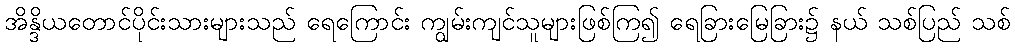
အိန္ဒိယတောင်ပိုင်းသားများသည် ရေကြောင်း ကျွမ်းကျင်သူများဖြစ်ကြ၍ ရေခြားမြေခြား၌ နယ် သစ်ပြည် သစ်